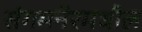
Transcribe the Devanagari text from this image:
संगमनेरमधील